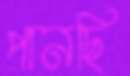
পানছি